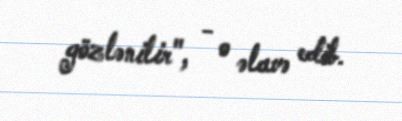
gözlənilir", - o əlavə edib.